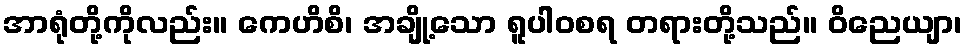
အာရုံတို့ကိုလည်း။ ကေဟိစိ၊ အချို့သော ရူပါဝစရ တရားတို့သည်။ ဝိညေယျာ၊